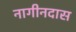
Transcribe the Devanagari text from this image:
नागीनदास